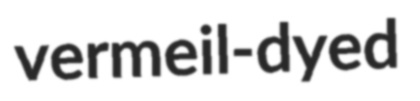
vermeil-dyed